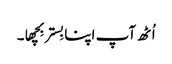
اُٹھ آپ اپنا بِستر بِچھا۔